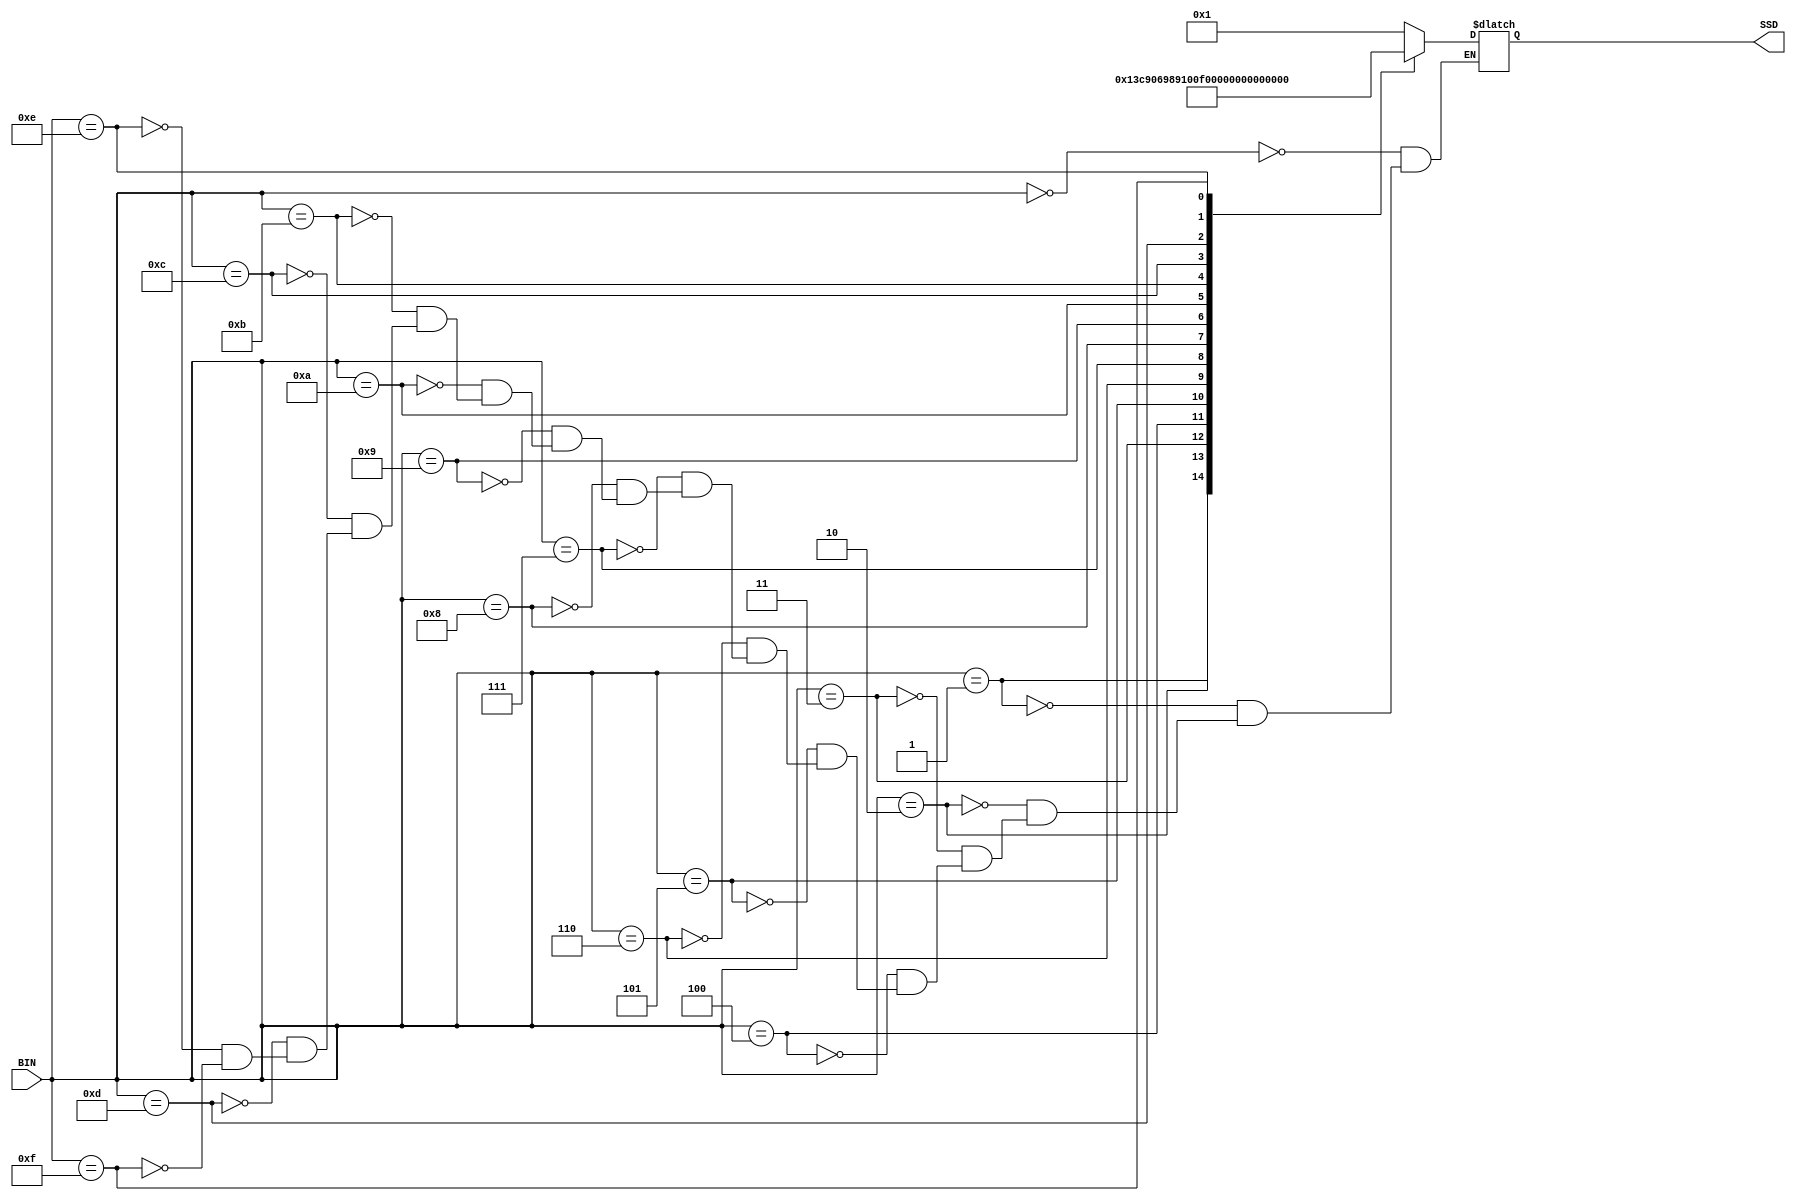
module hex_ssd (BIN, SSD);
  input [15:0] BIN;
  output reg [0:6] SSD;

  always begin
    case(BIN)
      0:SSD=7'b0000001;
      1:SSD=7'b1001111;
      2:SSD=7'b0010010;
      3:SSD=7'b0000110;
      4:SSD=7'b1001100;
      5:SSD=7'b0100100;
      6:SSD=7'b0100000;
      7:SSD=7'b0001111;
      8:SSD=7'b0000000;
      9:SSD=7'b0001100;
      10:SSD=7'b0001000;
      11:SSD=7'b1100000;
      12:SSD=7'b0110001;
      13:SSD=7'b1000010;
      14:SSD=7'b0110000;
      15:SSD=7'b0111000;
    endcase
  end
endmodule